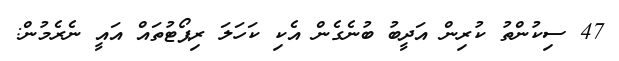
47 ސިކުންތު ކުރިން އަދީބު ބުނެގެން އެކި ކަހަލަ ރިޕޯޓުތައް އައީ ނެރެމުން: